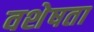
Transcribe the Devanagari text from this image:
वशेषता